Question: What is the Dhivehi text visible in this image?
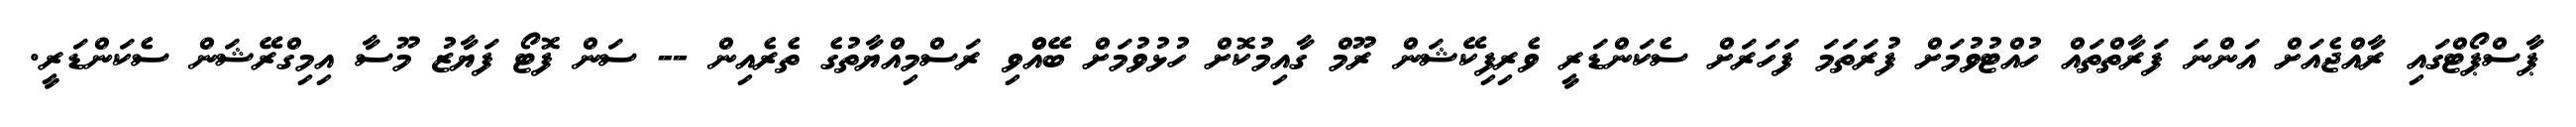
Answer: ޕާސްޕޯޓްގައި ރާއްޖެއަށް އަންނަ ފަރާތްތައް ހުއްޓުވުމަށް ފުރަތަމަ ފަހަރަށް ސެކަންޑަރީ ވެރިފިކޭޝަން ރޫމް ގާއިމުކޮށް ހުޅުވުމަށް ބޭއްްވި ރަސްމިއްޔާތުގެ ތެރެއިން -- ސަން ފޮޓޯ ފަޔާޒު މޫސާ އިމިގްރޭޝަން ސެކަންޑަރީ.